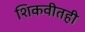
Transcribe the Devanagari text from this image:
शिकवीतही